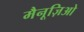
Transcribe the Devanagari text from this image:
मैनूज़िओ